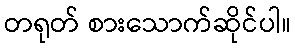
တရုတ် စားသောက်ဆိုင်ပါ။